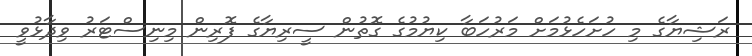
ރަޝިޔާގެ މި ހުށަހެޅުމަށް މަރުހަބާ ކިޔުމުގެ ގޮތުން ސީރިޔާގެ ފޮރިން މިނިސްޓަރު ވިދާޅުވީ